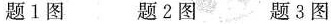
题1图 题 2图 题 3 图